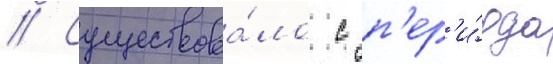
// Существова́ло с п'ер'и́ода